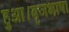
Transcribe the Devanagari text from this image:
हुआ।बृजभाषा